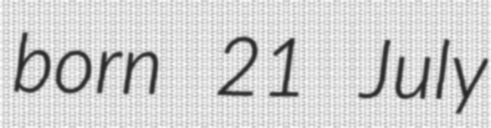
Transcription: born 21 July